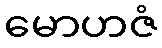
မောဟဇံ